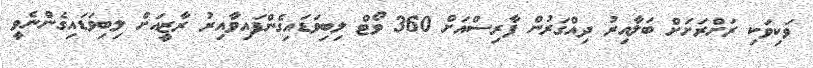
ވަކިވަކި ރަށްރަށަށް ބަލާއިރު ދިއްގަރުން ފާރިސްއަށް 360 ވޯޓް ލިބިވަޑައިގެންފައިވާއިރު ރާޒީއަށް ލިބިވަޑައިގެންނެވީ